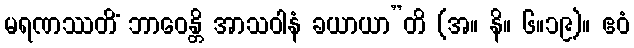
မရဏဿတိံ ဘာဝေန္တိ အာသဝါနံ ခယာယာ”တိ (အ။ နိ။ ၆။၁၉)။ ဧဝံ